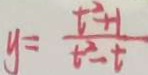
y = \frac { t ^ { 2 } + 1 } { t ^ { 2 } - t }